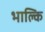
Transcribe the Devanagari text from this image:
भाल्कि